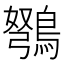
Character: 𫛇